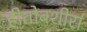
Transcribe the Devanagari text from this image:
हीतोबशीरा